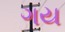
ગય